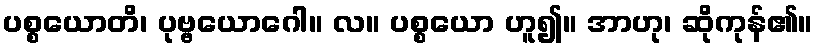
ပစ္စယောတိ၊ ပုဗ္ဗယောဂေါ။ လ။ ပစ္စယော ဟူ၍။ အာဟု၊ ဆိုကုန်၏။